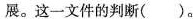
展。这一文件的判断()。